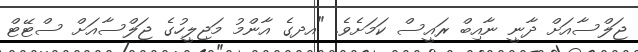
ޖަލްސާއަށް ދާނީ ނާއިބް ރައީސް ކަމަށެވެ. "އދގެ އާންމު މަޖިލީހުގެ ޖަލްސާއަށް ސްޓޭޓް